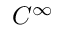
C ^ { \infty }